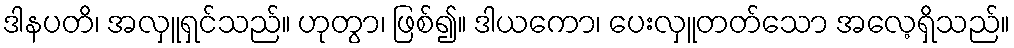
ဒါနပတိ၊ အလှူရှင်သည်။ ဟုတွာ၊ ဖြစ်၍။ ဒါယကော၊ ပေးလှူတတ်သော အလေ့ရှိသည်။